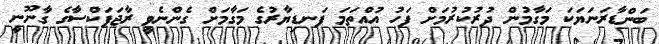
ބަންޑާރަނަޔަކަ މަގާމުން ދުރުކުރުމަށް ފަހު އުއްތަމަ ފަނޑިޔާރުގެ މަގާމަށް ގެންނެވީ ރާޖަޕަކްސާގެ ގާނޫނީ